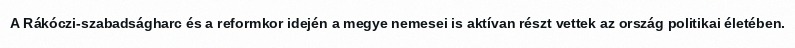
A Rákóczi-szabadságharc és a reformkor idején a megye nemesei is aktívan részt vettek az ország politikai életében.